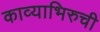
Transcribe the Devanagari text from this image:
काव्याभिरुची